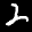
Label: 2